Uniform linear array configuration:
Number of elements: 8
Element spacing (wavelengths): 1
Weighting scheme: kaiser
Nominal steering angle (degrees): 15
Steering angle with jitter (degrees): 16.062
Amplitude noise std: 0.05
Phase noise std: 0.05

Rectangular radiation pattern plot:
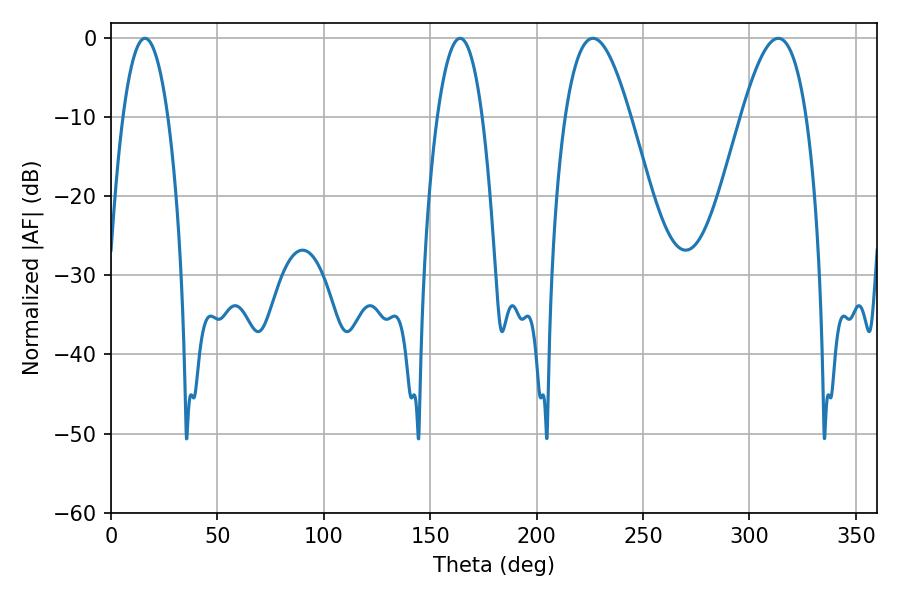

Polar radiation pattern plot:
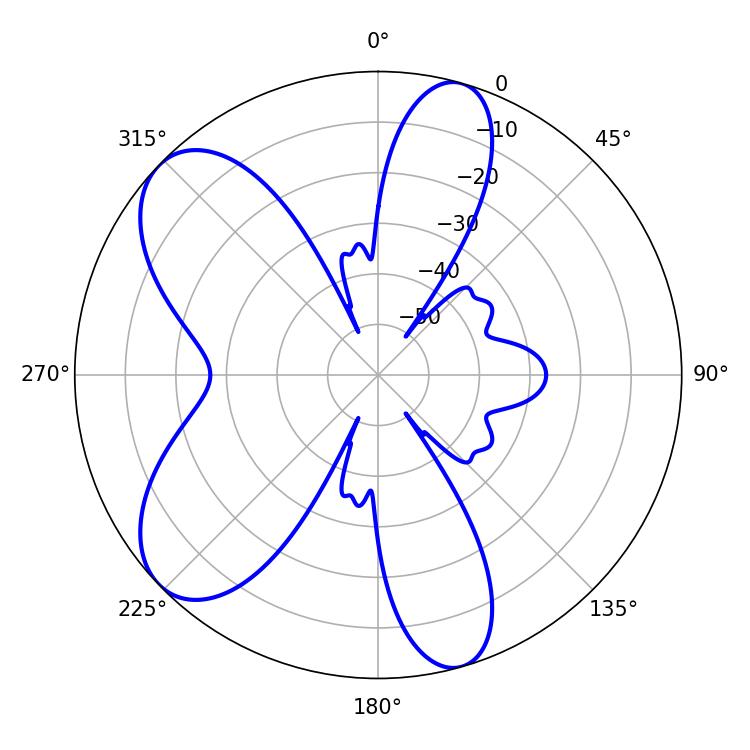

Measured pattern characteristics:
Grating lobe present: TRUE
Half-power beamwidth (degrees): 16.56
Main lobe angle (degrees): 226.44